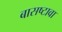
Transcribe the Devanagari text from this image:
बासष्टावा